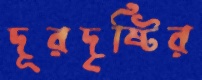
দূরদৃষ্টির